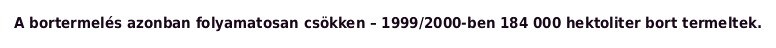
A bortermelés azonban folyamatosan csökken – 1999/2000-ben 184 000 hektoliter bort termeltek.